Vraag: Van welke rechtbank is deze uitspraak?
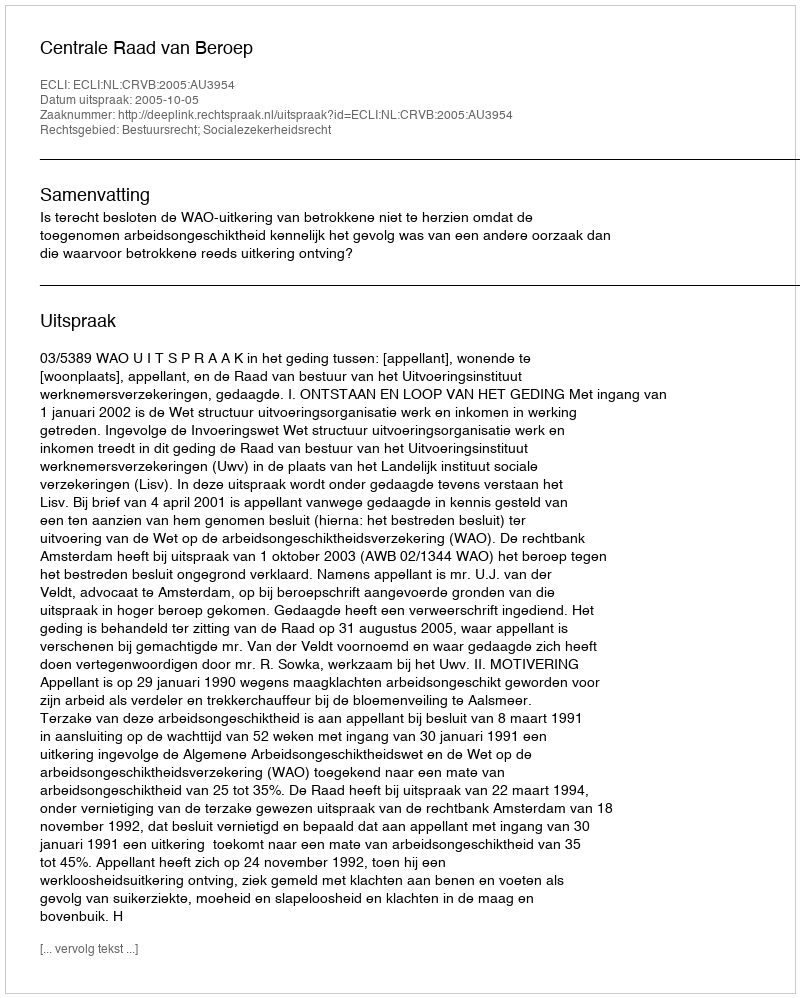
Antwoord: Centrale Raad van Beroep